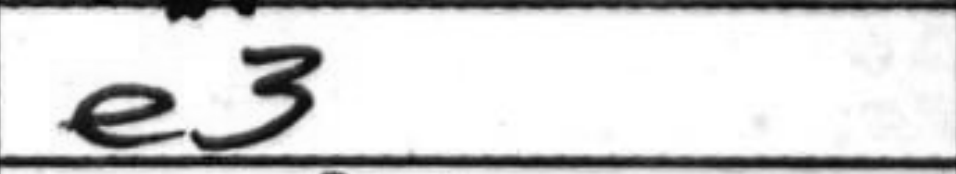
Transcription: e3